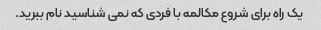
یک راه برای شروع مکالمه با فردی که نمی شناسید نام ببرید.